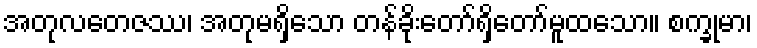
အတုလတေဇဿ၊ အတုမရှိသော တန်ခိုးတော်ရှိတော်မူထသော။ စက္ခုမာ၊